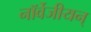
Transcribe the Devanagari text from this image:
नॉर्वेजीयन्